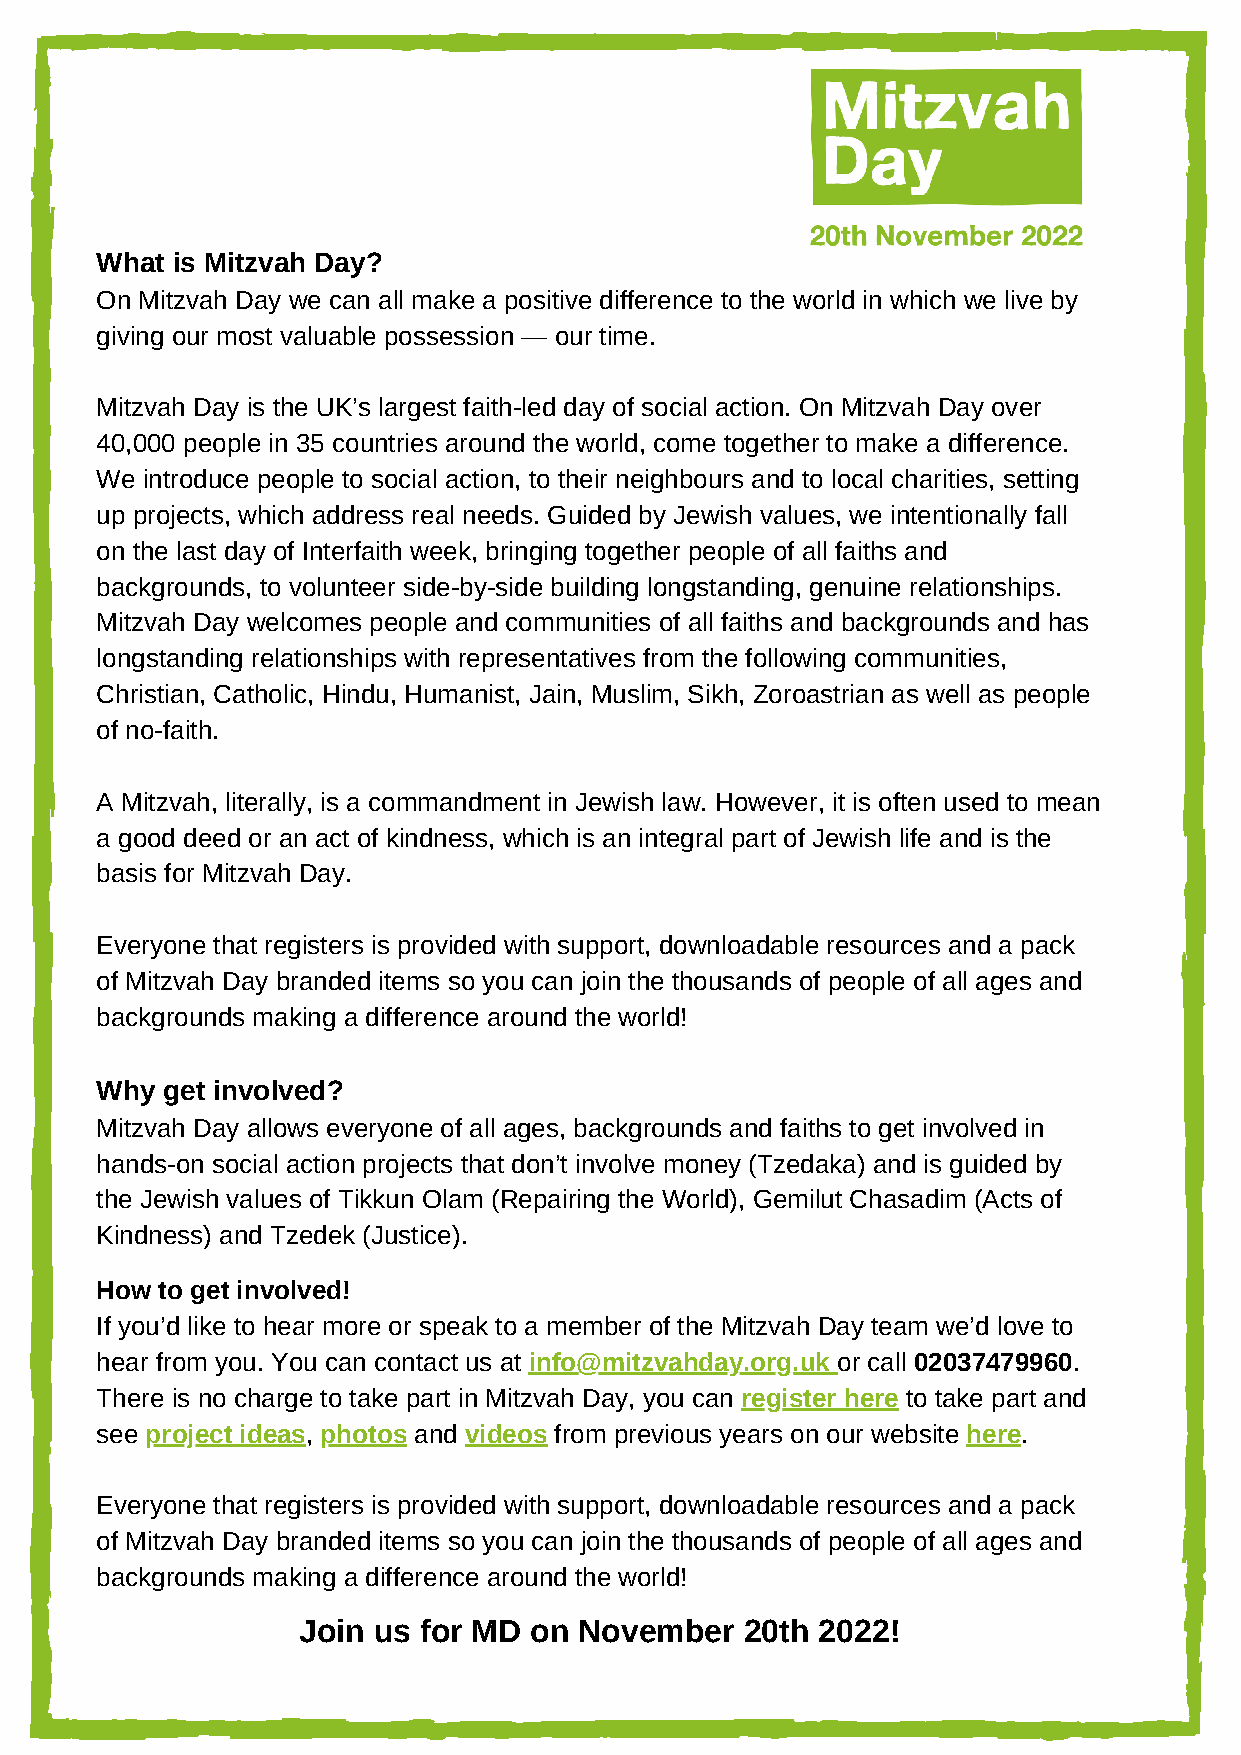
What is Mitzvah Day?
 On Mitzvah Day we can all make a positive difference to the world in which we live by
 giving our most valuable possession — our time.
 Mitzvah Day is the UK’s largest faith-led day of social action. On Mitzvah Day over
 40,000 people in 35 countries around the world, come together to make a difference.
 We introduce people to social action, to their neighbours and to local charities, setting
 up projects, which address real needs. Guided by Jewish values, we intentionally fall
 on the last day of Interfaith week, bringing together people of all faiths and
 backgrounds, to volunteer side-by-side building longstanding, genuine relationships.
 Mitzvah Day welcomes people and communities of all faiths and backgrounds and has
 longstanding relationships with representatives from the following communities,
 Christian, Catholic, Hindu, Humanist, Jain, Muslim, Sikh, Zoroastrian as well as people
 of no-faith.
 A Mitzvah, literally, is a commandment in Jewish law. However, it is often used to mean
 a good deed or an act of kindness, which is an integral part of Jewish life and is the
 basis for Mitzvah Day.
 Everyone that registers is provided with support, downloadable resources and a pack
 of Mitzvah Day branded items so you can join the thousands of people of all ages and
 backgrounds making a difference around the world!
 Why  get involved?
 Mitzvah Day allows everyone of all ages, backgrounds and faiths to get involved in
 hands-on social action projects that don’t involve money (Tzedaka) and is guided by
 the Jewish values of Tikkun Olam (Repairing the World), Gemilut Chasadim (Acts of
 Kindness) and Tzedek (Justice).
 How to get involved!
 If you’d like to hear more or speak to a member of the Mitzvah Day team we’d love to
 hear from you. You can contact us at info@mitzvahday.org.uk or call 02037479960.
 There is no charge to take part in Mitzvah Day, you can register here to take part and
 see project ideas, photos and videos from previous years on our website here.
 Everyone that registers is provided with support, downloadable resources and a pack
 of Mitzvah Day branded items so you can join the thousands of people of all ages and
 backgrounds making a difference around the world!
 Join us for MD on November   20th 2022!